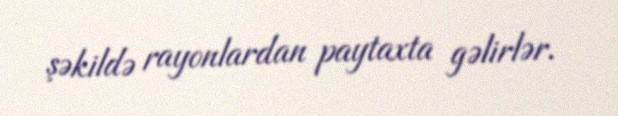
şəkildə rayonlardan paytaxta gəlirlər.